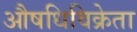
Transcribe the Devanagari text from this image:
औषधिविक्रेता